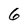
Character: 6